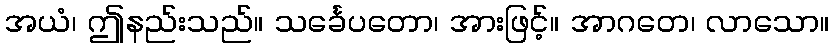
အယံ၊ ဤနည်းသည်။ သင်္ခေပတော၊ အားဖြင့်။ အာဂတေ၊ လာသော။